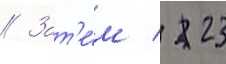
// Зат'е́м / 23